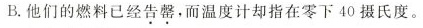
B.他们的燃料已经告罄，而温度计却指在零下40摄氏度。